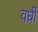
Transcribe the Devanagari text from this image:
वर्धी